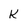
Character: k